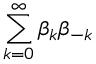
\sum _ { k = 0 } ^ { \infty } \beta _ { k } \beta _ { - k }